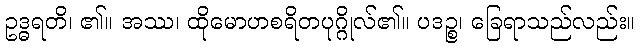
ဥဒ္ဓရတိ၊ ၏။ အဿ၊ ထိုမောဟစရိတပုဂ္ဂိုလ်၏။ ပဒဉ္စ၊ ခြေရာသည်လည်း။